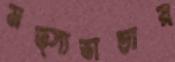
মত্স্যভান্ডার